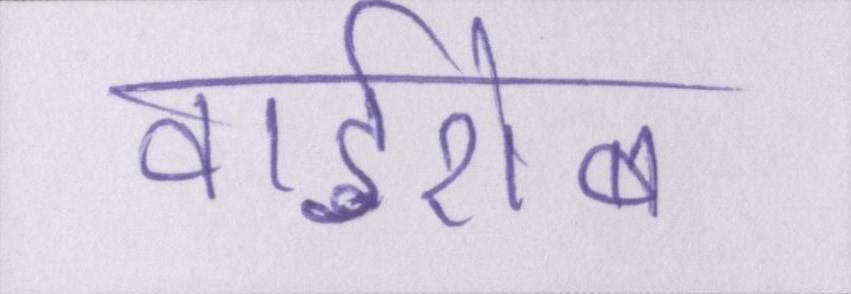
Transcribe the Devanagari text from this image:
वार्डरोब